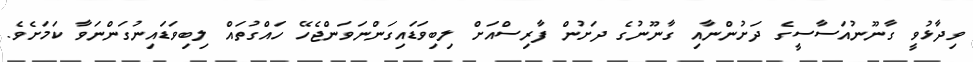
ވިދާޅުވީ ގާނޫނުއަސާސީގެ ދަށުންނާއި ގާނޫނުގެ ދަށުން ފާރިސްއަށް ލިބިވަޑައިގަންނަވަންޖެހޭ ހައްގުތައް ލިބިވަޑައިނުގަންނަވާ ކަމަށެވެ.